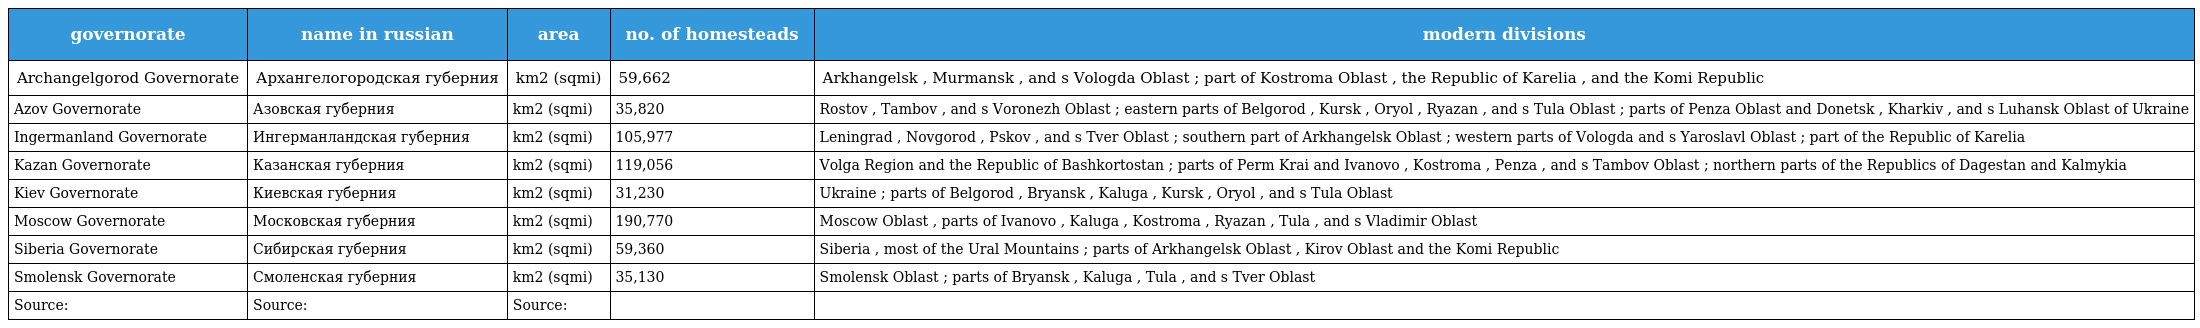
| governorate | name in russian | area | no. of homesteads | modern divisions |
 | --- | --- | --- | --- | --- |
 | Archangelgorod Governorate | Архангелогородская губерния | km2 (sqmi) | 59,662 | Arkhangelsk , Murmansk , and s Vologda Oblast ; part of Kostroma Oblast , the Republic of Karelia , and the Komi Republic |
 | Azov Governorate | Азовская губерния | km2 (sqmi) | 35,820 | Rostov , Tambov , and s Voronezh Oblast ; eastern parts of Belgorod , Kursk , Oryol , Ryazan , and s Tula Oblast ; parts of Penza Oblast and Donetsk , Kharkiv , and s Luhansk Oblast of Ukraine |
 | Ingermanland Governorate | Ингерманландская губерния | km2 (sqmi) | 105,977 | Leningrad , Novgorod , Pskov , and s Tver Oblast ; southern part of Arkhangelsk Oblast ; western parts of Vologda and s Yaroslavl Oblast ; part of the Republic of Karelia |
 | Kazan Governorate | Казанская губерния | km2 (sqmi) | 119,056 | Volga Region and the Republic of Bashkortostan ; parts of Perm Krai and Ivanovo , Kostroma , Penza , and s Tambov Oblast ; northern parts of the Republics of Dagestan and Kalmykia |
 | Kiev Governorate | Киевская губерния | km2 (sqmi) | 31,230 | Ukraine ; parts of Belgorod , Bryansk , Kaluga , Kursk , Oryol , and s Tula Oblast |
 | Moscow Governorate | Московская губерния | km2 (sqmi) | 190,770 | Moscow Oblast , parts of Ivanovo , Kaluga , Kostroma , Ryazan , Tula , and s Vladimir Oblast |
 | Siberia Governorate | Сибирская губерния | km2 (sqmi) | 59,360 | Siberia , most of the Ural Mountains ; parts of Arkhangelsk Oblast , Kirov Oblast and the Komi Republic |
 | Smolensk Governorate | Смоленская губерния | km2 (sqmi) | 35,130 | Smolensk Oblast ; parts of Bryansk , Kaluga , Tula , and s Tver Oblast |
 | Source: | Source: | Source: |  |  |